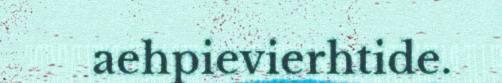
aehpievierhtide.